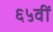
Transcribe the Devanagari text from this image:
६५वीं